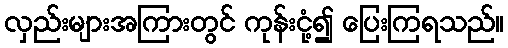
လှည်းများအကြားတွင် ကုန်းငုံ့၍ ပြေးကြရသည်။